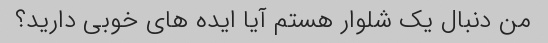
من دنبال یک شلوار هستم آیا ایده های خوبی دارید؟